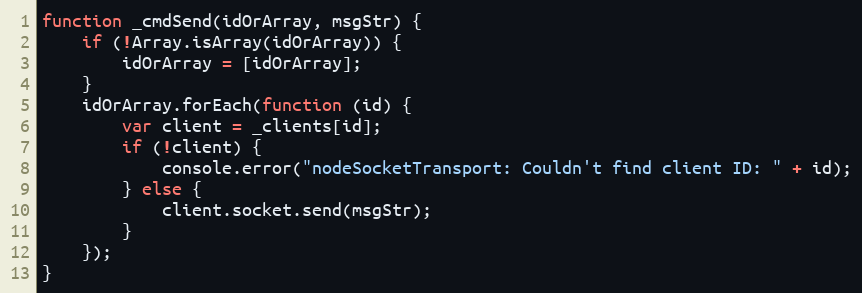
Language: JavaScript
function _cmdSend(idOrArray, msgStr) {
    if (!Array.isArray(idOrArray)) {
        idOrArray = [idOrArray];
    }
    idOrArray.forEach(function (id) {
        var client = _clients[id];
        if (!client) {
            console.error("nodeSocketTransport: Couldn't find client ID: " + id);
        } else {
            client.socket.send(msgStr);
        }
    });
}